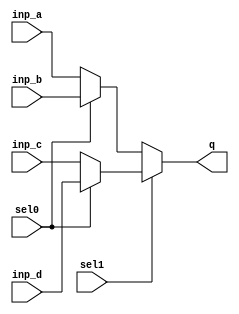

module cond_mux4_1(inp_a,inp_b,inp_c,inp_d,sel1,sel0,q);

input inp_a,inp_b,inp_c,inp_d,sel1,sel0;
output q;

assign q = (sel1)?(sel0 ? inp_d:inp_c):(sel0 ? inp_b:inp_a);
endmodule